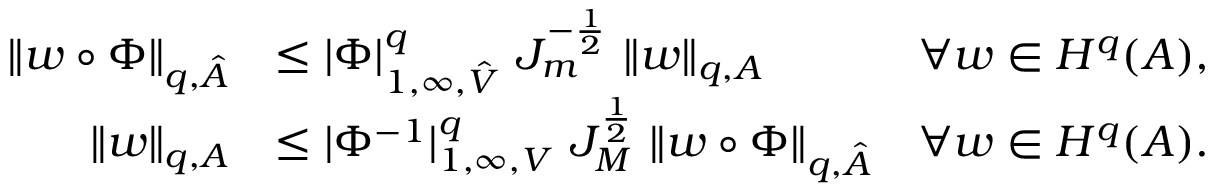
\begin{array} { r l r } { \| w \circ \Phi \| _ { q , \hat { A } } } & { \leq | \Phi | _ { 1 , \infty , \hat { V } } ^ { q } ~ J _ { m } ^ { - \frac 1 2 } ~ \| w \| _ { q , A } } & { \forall w \in H ^ { q } ( A ) , } \\ { \| w \| _ { q , A } } & { \leq | \Phi ^ { - 1 } | _ { 1 , \infty , V } ^ { q } ~ J _ { M } ^ { \frac 1 2 } ~ \| w \circ \Phi \| _ { q , \hat { A } } } & { \forall w \in H ^ { q } ( A ) . } \end{array}